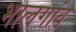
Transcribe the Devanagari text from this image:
भालगांव